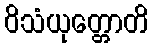
ဝိသံယုတ္တောတိ